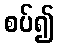
စပ်၍